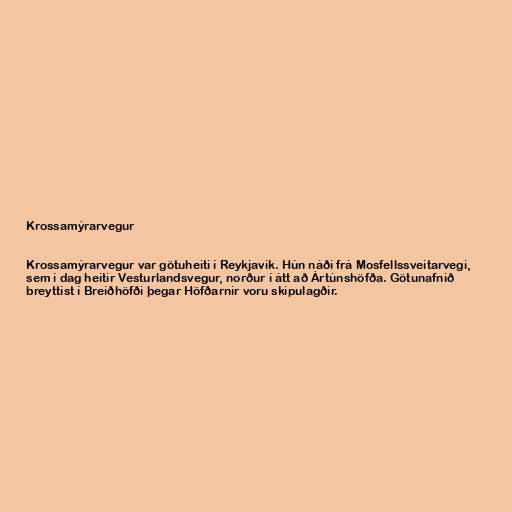
Krossamýrarvegur

Krossamýrarvegur var götuheiti í Reykjavík. Hún náði frá Mosfellssveitarvegi,
sem í dag heitir Vesturlandsvegur, norður í átt að Ártúnshöfða. Götunafnið
breyttist í Breiðhöfði þegar Höfðarnir voru skipulagðir.